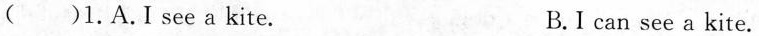
( )1.A.I see a kite. B.I can see a kite.